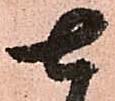
七